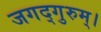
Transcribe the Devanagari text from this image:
जगद्गुरुम्।